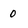
Character: 0